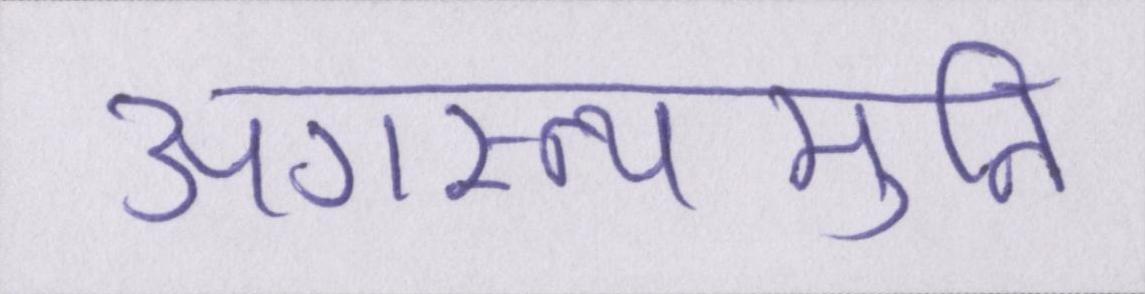
अगस्त्यमुनि